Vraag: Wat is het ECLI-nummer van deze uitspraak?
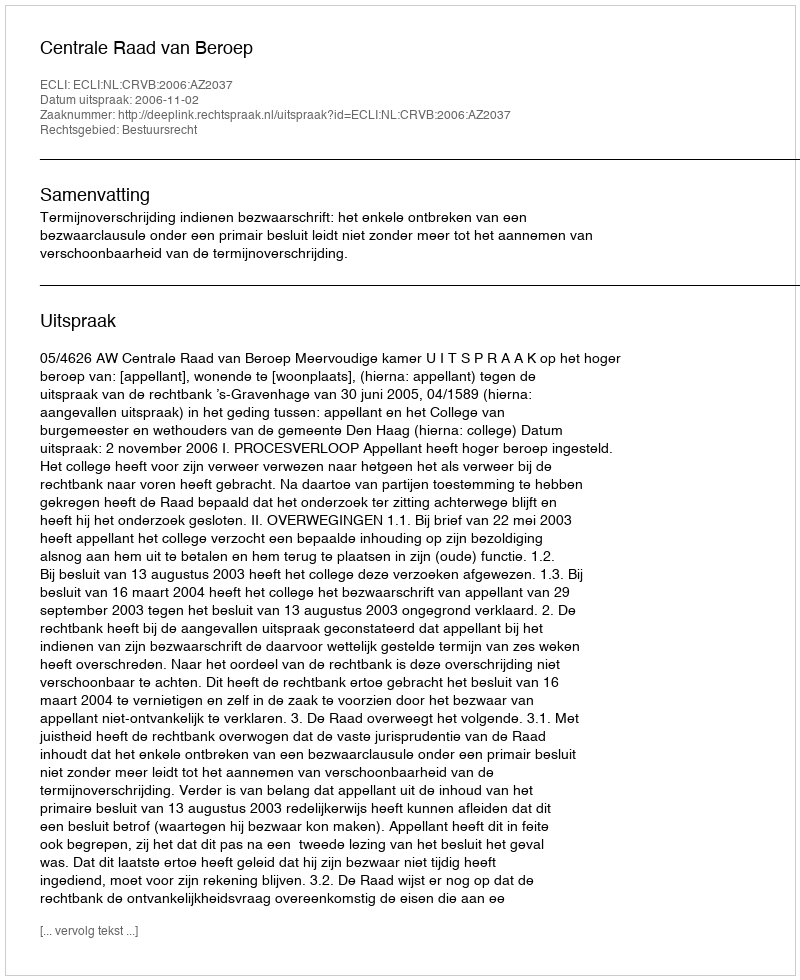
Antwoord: ECLI:NL:CRVB:2006:AZ2037